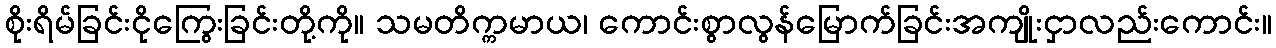
စိုးရိမ်ခြင်းငိုကြွေးခြင်းတို့ကို။ သမတိက္ကမာယ၊ ကောင်းစွာလွန်မြောက်ခြင်းအကျိုးငှာလည်းကောင်း။